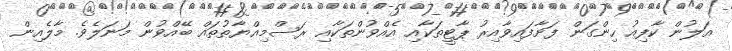
އަލުން ކާފިއު ހިންގަން ފަށާފައިވާއިރު ޕާޓީތަކާއި އެއްވުންތަކާއި ރަސްމިއްޔާތުތައް ބޭއްވުން މަނަލެވެ. މާލެއިން